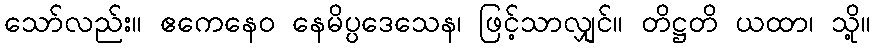
သော်လည်း။ ဧကေနေဝ နေမိပ္ပဒေသေန၊ ဖြင့်သာလျှင်။ တိဋ္ဌတိ ယထာ၊ သို့။